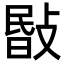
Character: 敯